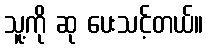
သူ့ကို ဆု ပေးသင့်တယ်။